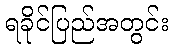
ရခိုင်ပြည်အတွင်း